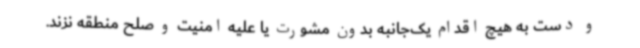
و دست به هیچ اقدام یک‌جانبه بدون مشورت یا علیه امنیت و صلح منطقه نزند.